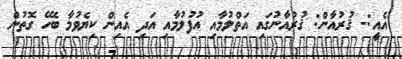
އެއީ:- ޤުރުއާން: ޤުރުއާނުގައި އަތްލުމާއި އުފުލުމާއި އަދި އެއިން ކިޔެވުމާ ބެހޭ ގޮތުން